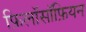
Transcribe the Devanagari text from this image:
फ़िलॉसॉफ़ियन